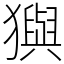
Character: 㺞